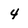
Character: 4